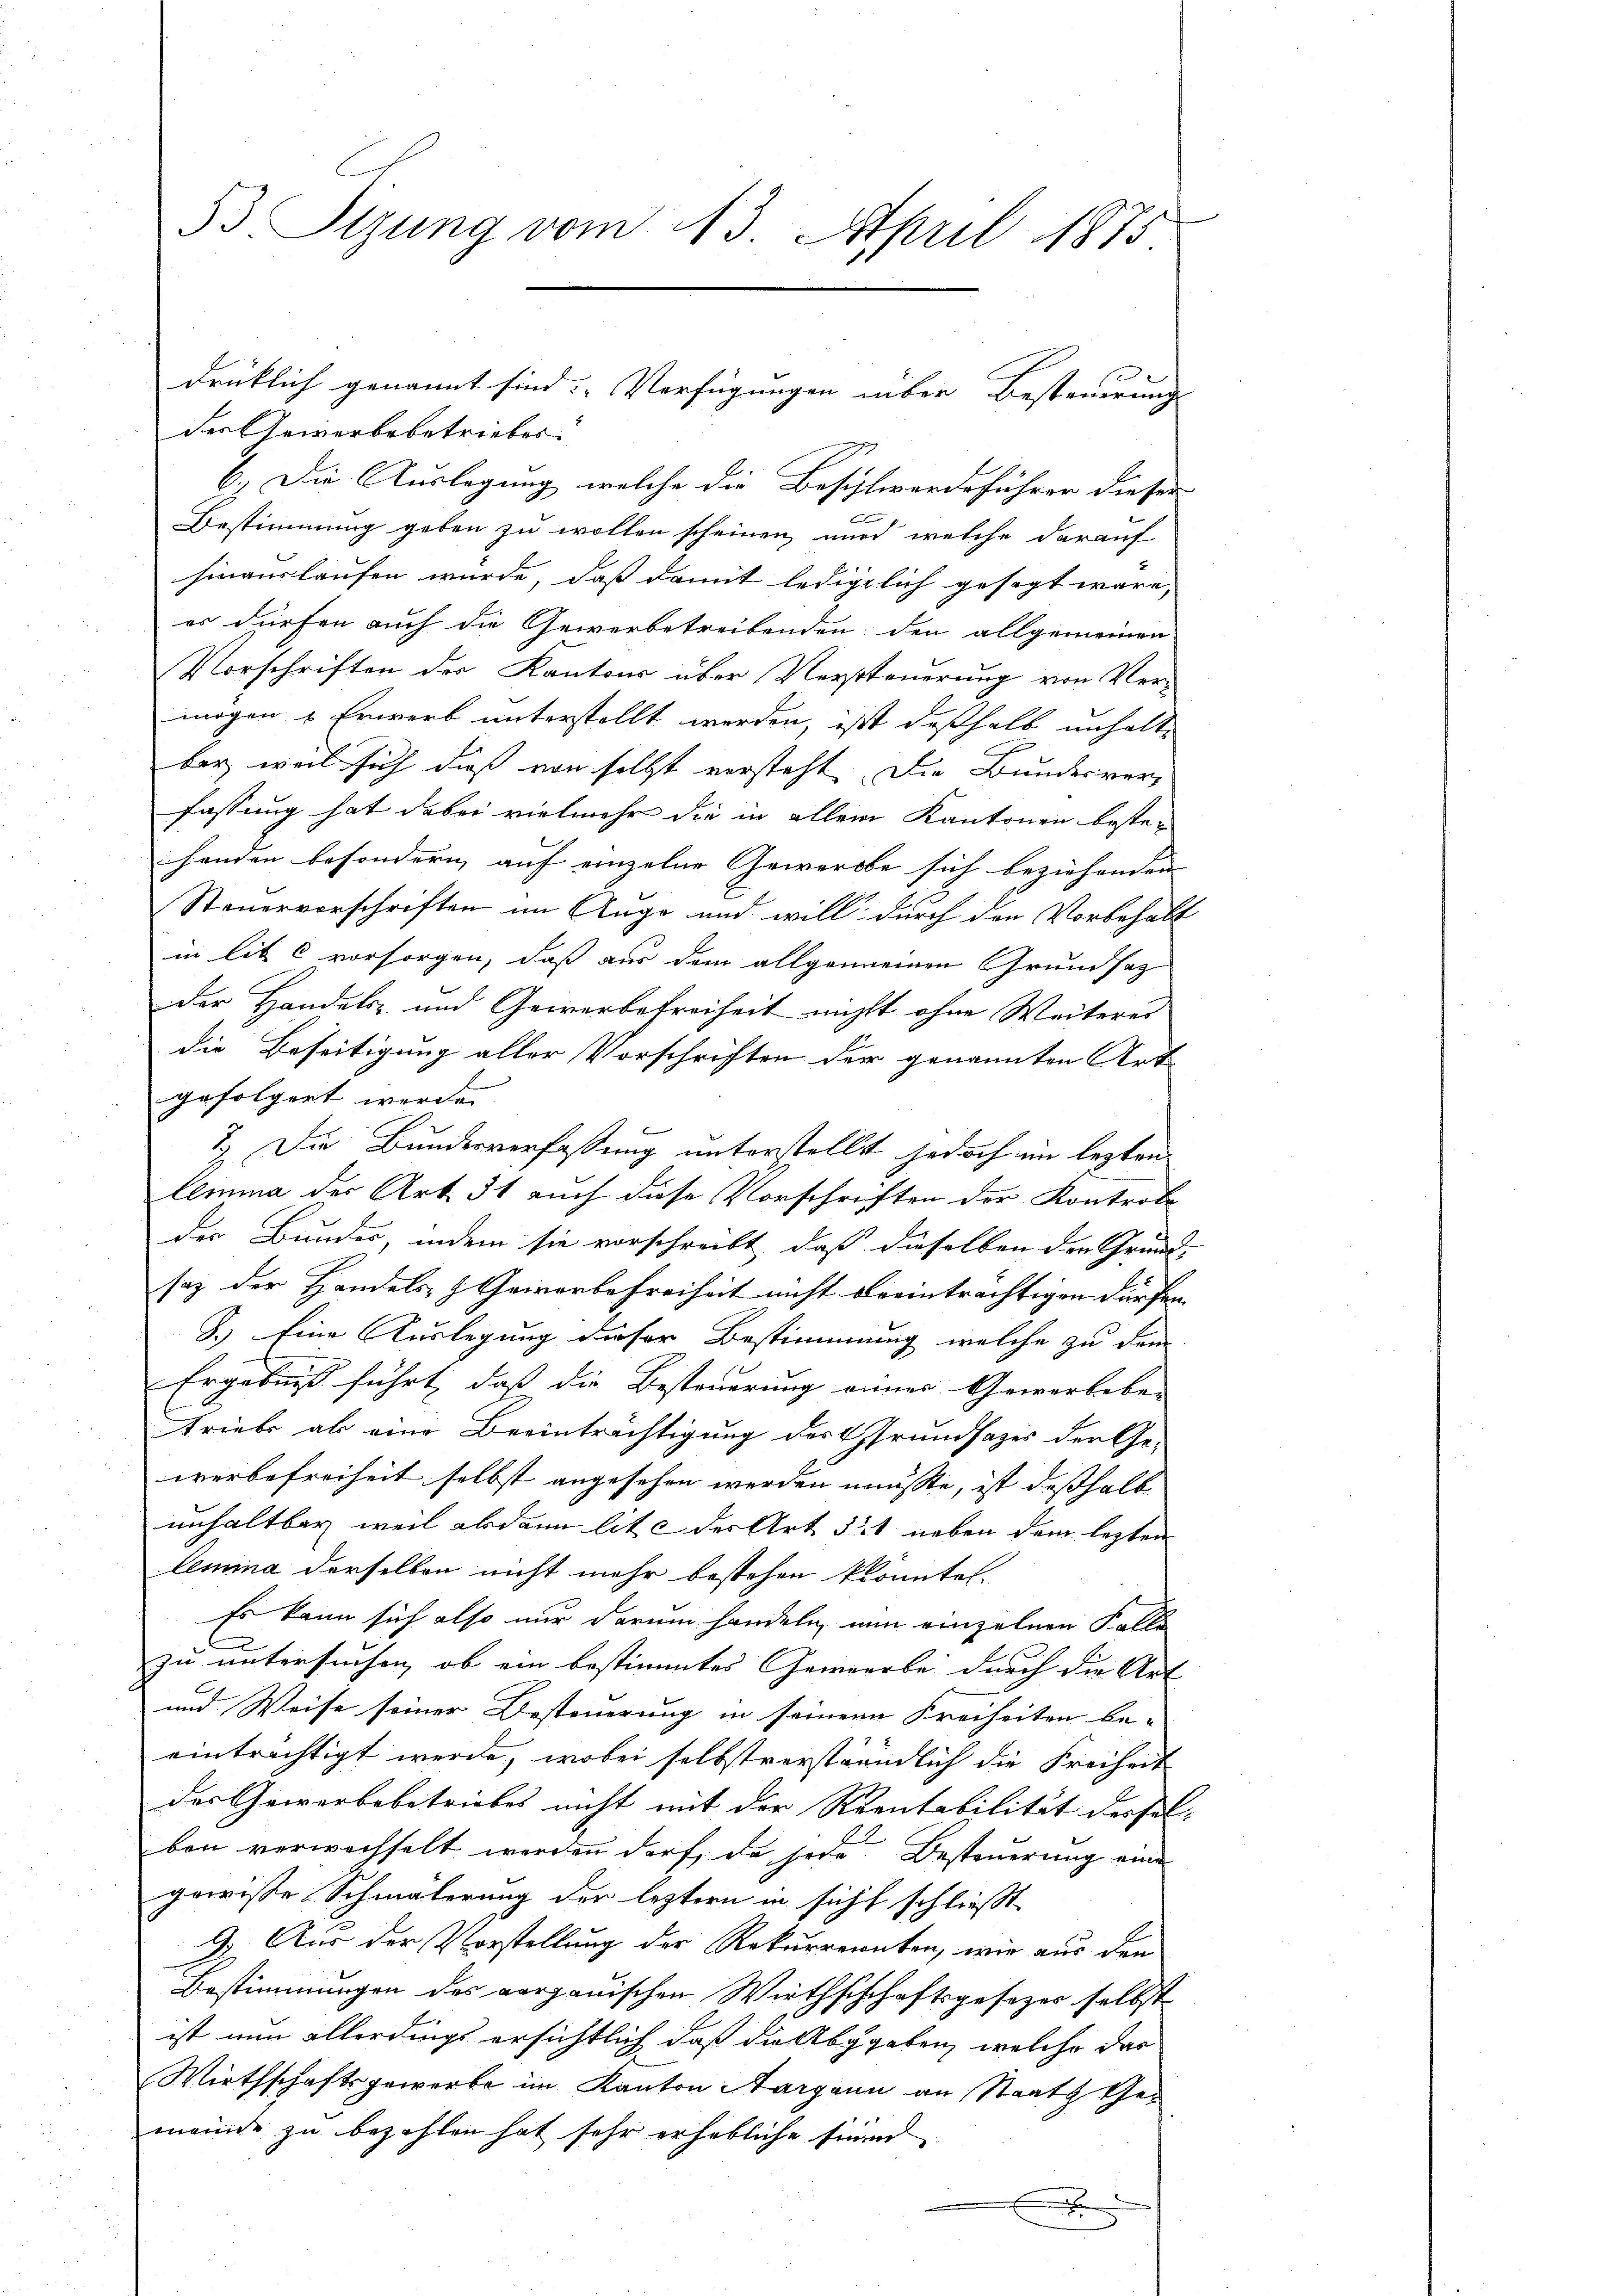
53. Sizung vom 13. April 1875

der Gewerbebetrieber
6.) Die Auslegung welche die Beschlwerdeführer dieser
Bestimmung geben zu wollen scheinen wird welche darauf
hinauslaufen wurde, daß damit lediglich gesagt wäre,
es dürfen auch die Gewerbetreibenden der allgemeinen
Vorschriften der Kantons über Versteuerung von Vermögen & Erwerb unterstellt werden, ist deßhalb unhalte
ber weil sich dieß von selbst versteht. Die Bundesverfassung hat dabei vielmehr die in allem Kantonen bestehanden besondern auf einzelne Gewerbe sich beziehenden |
Steuervorschriften im Auge und will durch den Vorbehalt
in lit. C vorsorgen, daß aus dem allgemeinen Grundsatz
der Handels- und Gewerbefreiheit nicht ohne Weiteres
die Beseitigung aller Vorschriften der genannten Art
gefolgert werde.
7.) Die Bundesverfassung unterstellt jedoch im lezten
lemma der Art. 51 auch diese Vorschriften der Kontrole
der Bundes, indem sie vorschreibt, daß dieselben den Grund-
saz der Handels- & Gewerbefreiheit nicht beeinträchtigen dürfen. |
B.) Eine Auslegung dieser Bestimmung, welche zu dem
Ergebniß führt, daß die Besteuerung einer Gewerbebe- |
triebe als eine Beeinträchtigung der Grundsazes der Ge-
werbefreiheit selbst angesehen werden musste, ist deßhalb
unhaltbar weil abdann lite der Art 51 neben dem lezten
lemina derselben nicht mehr bestehen konnte.
Es kann sich also nur darum handeln, nun einzelnen Falle
C
zu untersuchen, ob ein bestimmtes Gewerbe durch die Art |
und Weise seiner Besteuerung in seinem Freiheiten be- |
einträchtigt werde, wobei selbstverständlich die Freiheit
der Gewerbebetriebes nicht mit der Krentabilität dessel-
6
ben verwechselt werden darf, da sode. Besteuerung eine
gewisse Schmälerung der leztern in sicht schliesst
9. Aus der Vorstellung der Rekurrennten, wir aus den
Bestimmungen des aargauischen Wirthschchaftsgesezes selbst
ist nun allerdings ersichtlich daß die Abgaben, welche das
Wirthschaftsgewerbe im Kanton Aargann an Staats Gemeinde zu bezahlen hat sehr erhebliche sind
x
F

drüklich genannt sind. Verfügungen über Besteuerung